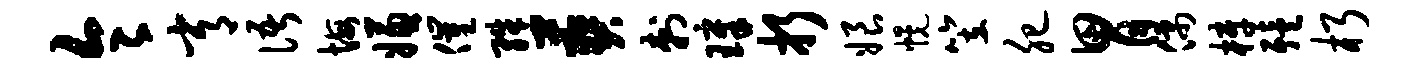
令常语悔嫌催殊葬刺璋折娘幌笠肥胃偶梓殪朽